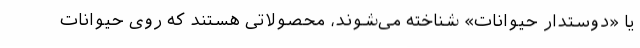
یا «دوستدار حیوانات» شناخته می‌شوند، محصولاتی هستند که روی حیوانات